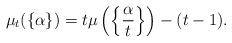
LaTeX: \begin{align*}\mu_{t}(\{ \alpha \}) = t\mu\left(\left\{ \frac{\alpha}{t} \right\}\right) - (t-1).\end{align*}